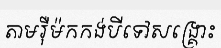
តាមរ៉ឺម៉កកង់បីទៅសង្គ្រោះ